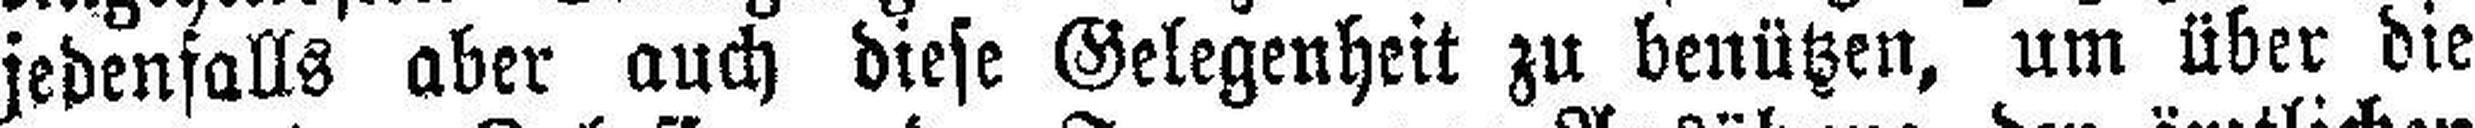
jedenfalls aber auch diese Gelegenheit zu benützen, um über die